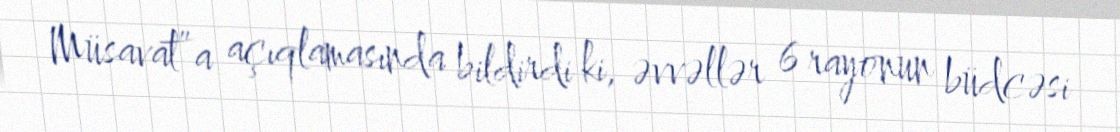
Müsavat”a açıqlamasında bildirdi ki, əvvəllər 6 rayonun büdcəsi